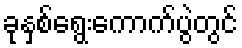
ခုနှစ်ရွေးကောက်ပွဲတွင်